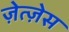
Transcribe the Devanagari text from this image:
ज़ेत्ज़ेस